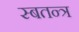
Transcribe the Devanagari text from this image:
स्बतन्त्र